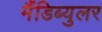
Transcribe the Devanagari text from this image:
मैंडिब्युलर